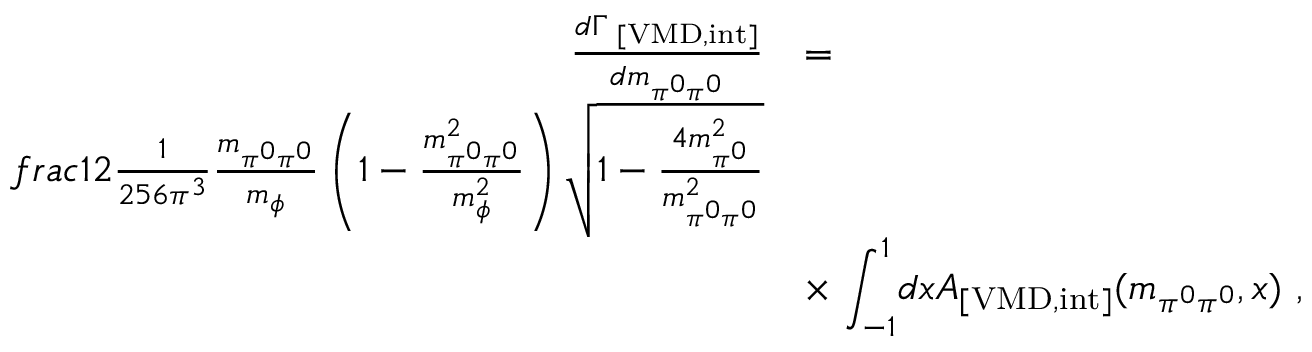
\begin{array} { r l } { { \frac { d \Gamma _ { \mathrm { \tiny ~ [ V M D , i n t ] } } } { d m _ { \pi ^ { 0 } \pi ^ { 0 } } } } } & { { = } } \\ { { f r a c { 1 } { 2 } \frac { 1 } { 2 5 6 \pi ^ { 3 } } \frac { m _ { \pi ^ { 0 } \pi ^ { 0 } } } { m _ { \phi } } \left( 1 - \frac { m _ { \pi ^ { 0 } \pi ^ { 0 } } ^ { 2 } } { m _ { \phi } ^ { 2 } } \right) \sqrt { 1 - \frac { 4 m _ { \pi ^ { 0 } } ^ { 2 } } { m _ { \pi ^ { 0 } \pi ^ { 0 } } ^ { 2 } } } } } \\ { { } } & { { \times \ { \displaystyle \int _ { - 1 } ^ { 1 } } d x A _ { \mathrm { [ V M D , i n t ] } } ( m _ { \pi ^ { 0 } \pi ^ { 0 } } , x ) \ , } } \end{array}